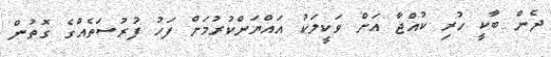
ދެން ބާކީ ހުރި ކުއްޖާ އަށް ވަކީލަކު އައްޔަންކުރުމަށް ފަހު ފުރުސަތެއްގެ ގޮތުން